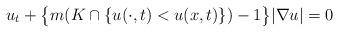
LaTeX: \begin{align*}u_t+\big\{m(K\cap \{u(\cdot, t)<u(x, t)\})-1\big\}|\nabla u| =0 \end{align*}